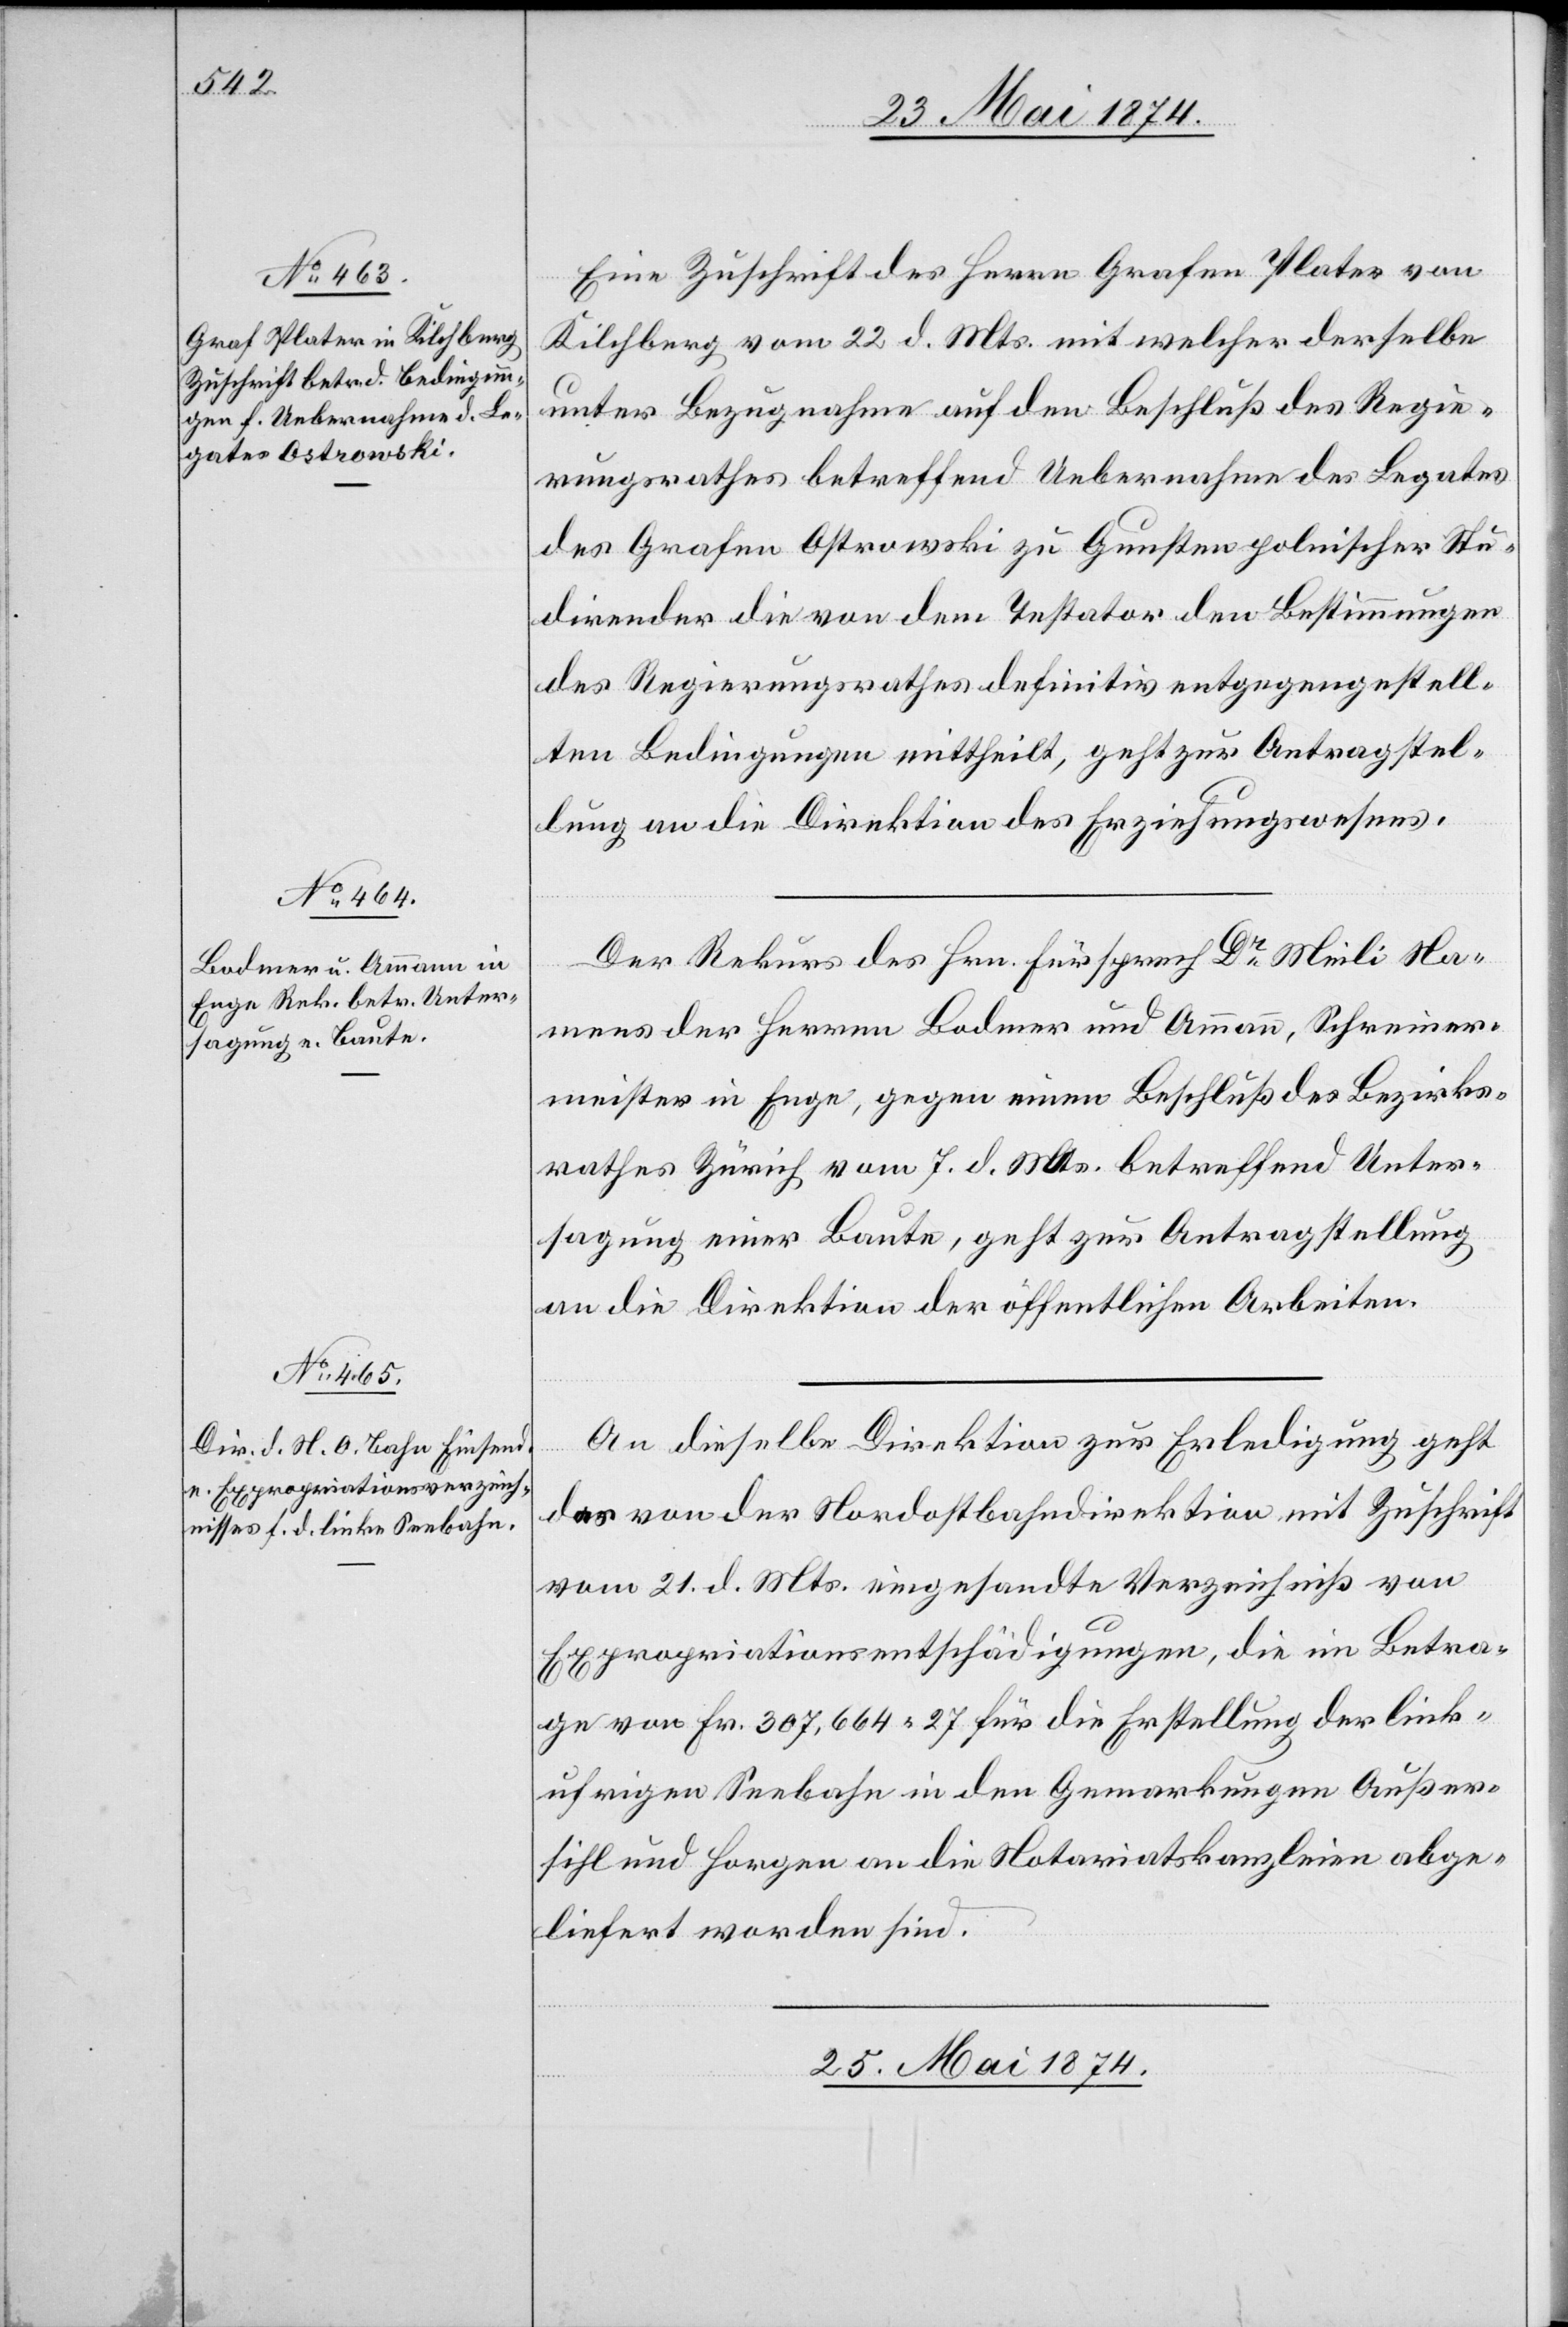
Eine Zuschrift des Herrn Grafen Plater von
Kilchberg vom 22. d. Mts. mit welcher derselbe
unter Bezugnahme auf den Beschluß des Regie¬
rungsrathes betreffend Uebernahme des Legates
des Grafen Ostrowski zu Gunsten polnischer Stu¬
dirender die von dem Testator den Bestimmungen
des Regierungsrathes definitiv entgegengestell¬
ten Bedingungen mittheilt, geht zur Antragstel¬
lung an die Direktion des Erziehungswesens.
Der Rekurs des Hrn. Fürsprech Dr Meili Na¬
mens der Herren Bodmer und Ammann, Schreiner¬
meister in Enge, gegen einen Beschluß des Bezirks¬
rathes Zürich vom 7. d. Mts. betreffend Unter¬
sagung einer Baute, geht zur Antragstellung
an die Direktion der öffentlichen Arbeiten.
An dieselbe Direktion zur Erledigung geht
das von der Nordostbahndirektion mit Zuschrift
vom 21. d. Mts. eingesandte Verzeichniß von
Expropriationsentschädigungen, die im Betra¬
ge von Fr. 307,664.27 für die Erstellung der link¬
ufrigen Seebahn in den Gemarkungen Außer¬
sihl und Horgen an die Notariatskanzleien abge¬
liefert worden sind.
23. Mai 1874.]